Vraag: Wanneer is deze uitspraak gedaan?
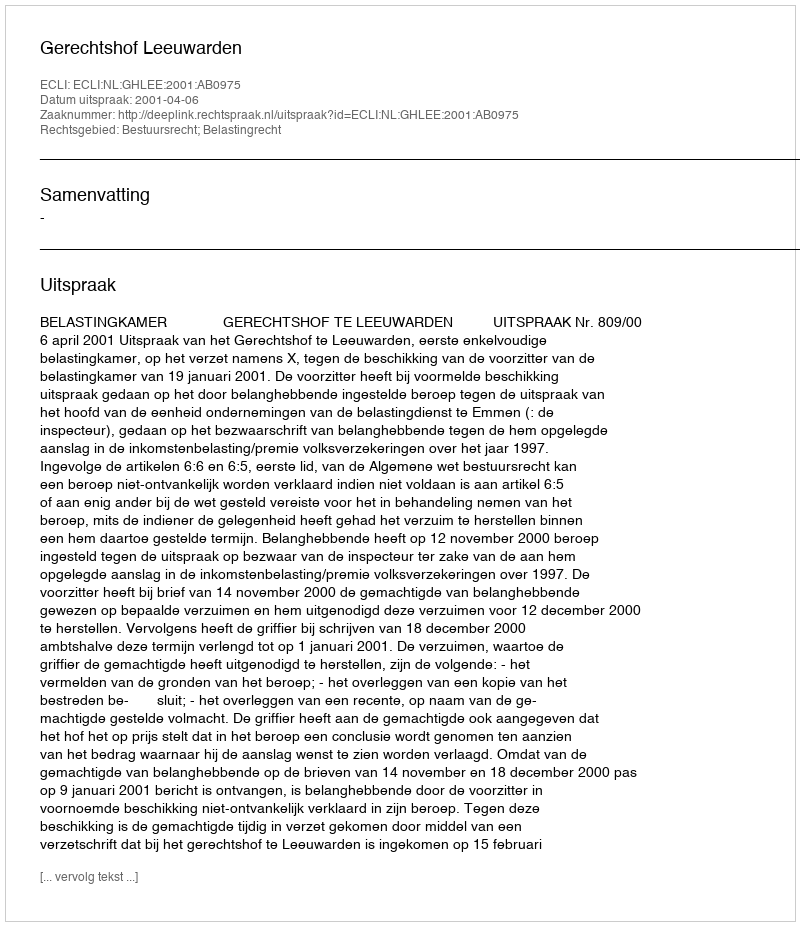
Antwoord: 2001-04-06